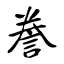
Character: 誊